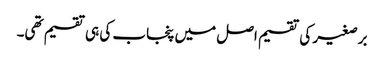
برصغیر کی تقسیم اصل میں پنجاب کی ہی تقسیم تھی۔